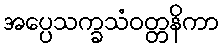
အပ္ပေသက္ခသံဝတ္တနိကာ